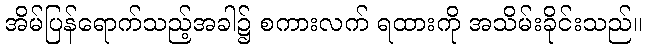
အိမ်ပြန်ရောက်သည့်အခါ၌ စကားလက် ရထားကို အသိမ်းခိုင်းသည်။